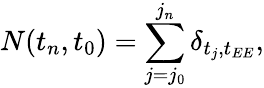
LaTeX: N(t_{n},t_{0})=\sum_{j=j_{0}}^{j_{n}}\delta_{t_{j},t_{EE}},